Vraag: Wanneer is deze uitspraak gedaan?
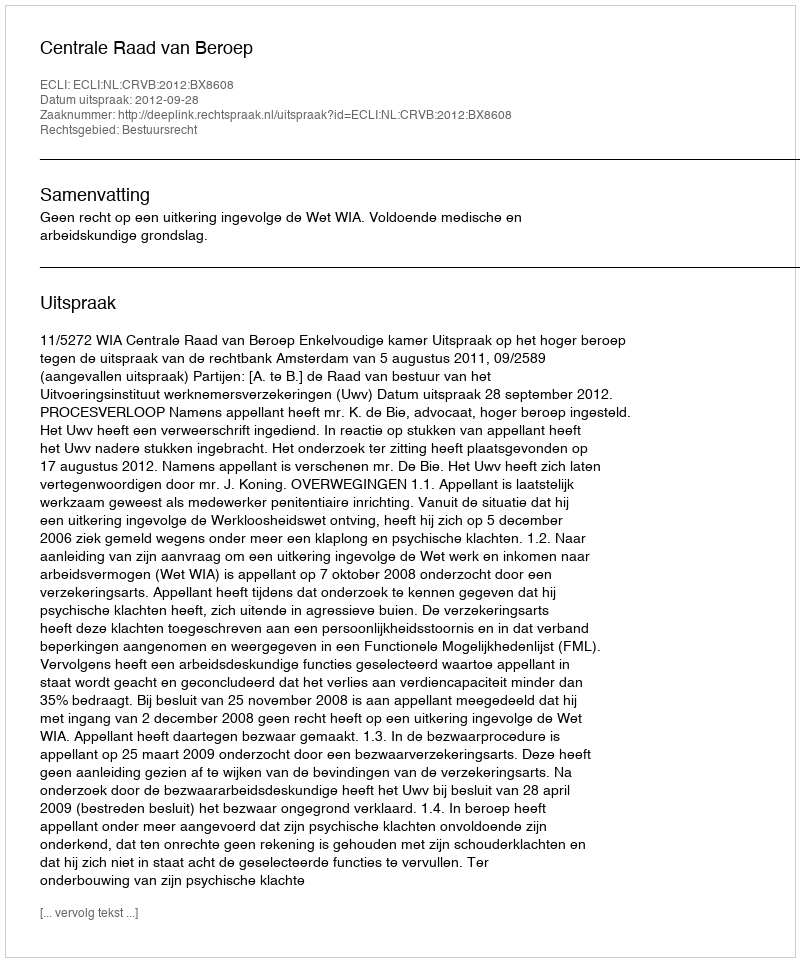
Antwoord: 2012-09-28